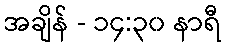
အချိန် - ၁၄:၃၀ နာရီ